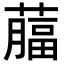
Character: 𦾕